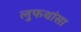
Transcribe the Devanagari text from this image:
लुफथांसा